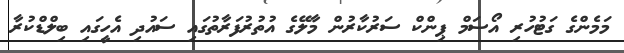
މަމެންގެ ގަޓުހުރި އޯސަމް ޕިންކް ސަރުކާރުން މާލޭގެ އުތުރުފަރާތުގައި ސައުދި އެހީގައި ބިލްޑްކުރާ